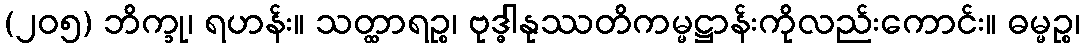
(၂၀၅) ဘိက္ခု၊ ရဟန်း။ သတ္ထာရဉ္စ၊ ဗုဒ္ဓါနုဿတိကမ္မဋ္ဌာန်းကိုလည်းကောင်း။ ဓမ္မဉ္စ၊